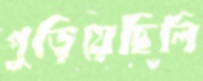
পুড়িয়েছিলি